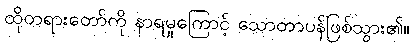
ထိုတရားတော်ကို နာရမှုကြောင့် သောတာပန်ဖြစ်သွား၏။